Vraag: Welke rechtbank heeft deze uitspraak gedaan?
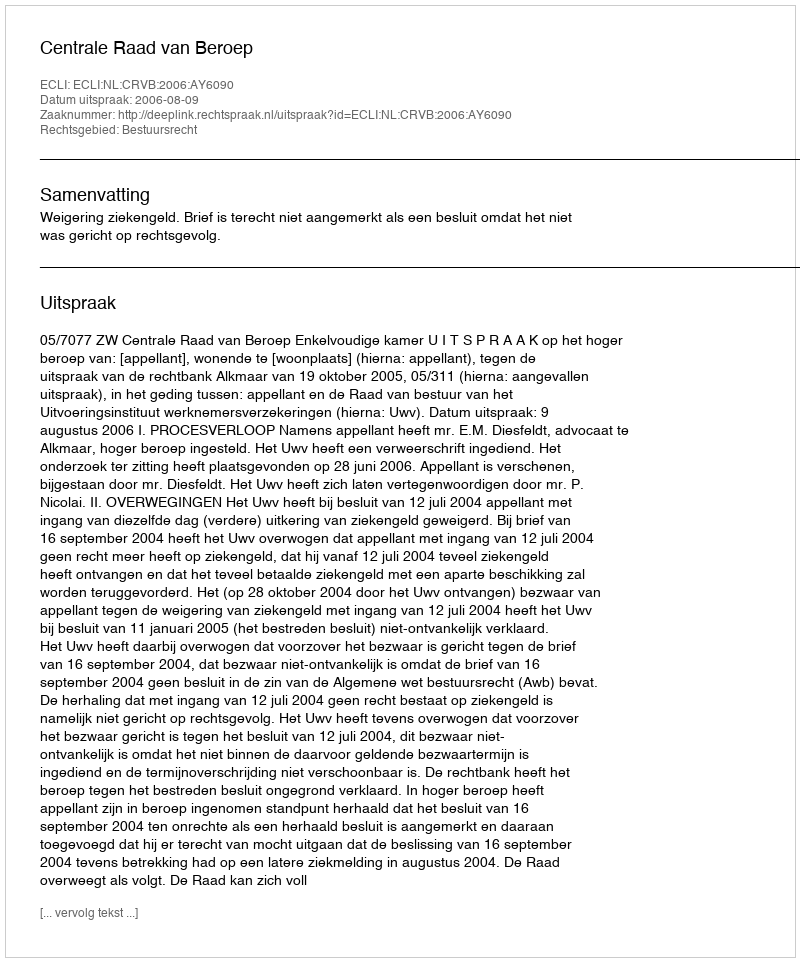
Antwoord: Centrale Raad van Beroep